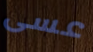
عسى